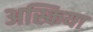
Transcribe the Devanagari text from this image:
अस्किया